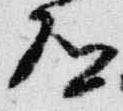
道